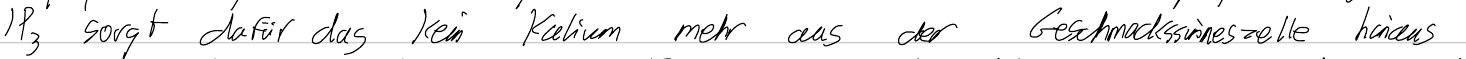
IP3 sorgt dafür das kein Kalium mehr aus der Geschmackssinneszelle hinaus